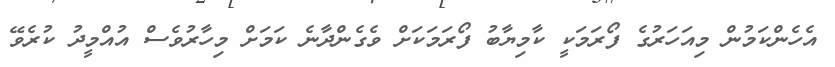
އެހެންކަމުން މިއަހަރުގެ ފޯރަމަކީ ކާމިޔާބު ފޯރަމަކަށް ވެގެންދާނެ ކަމަށް މިހާރުވެސް އުއްމީދު ކުރެވޭ